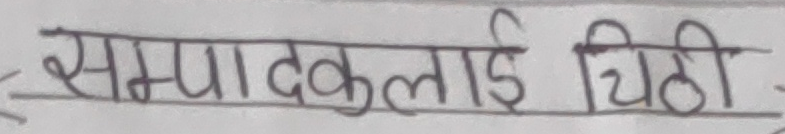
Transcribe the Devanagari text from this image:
सम्पादकलाई चिठी